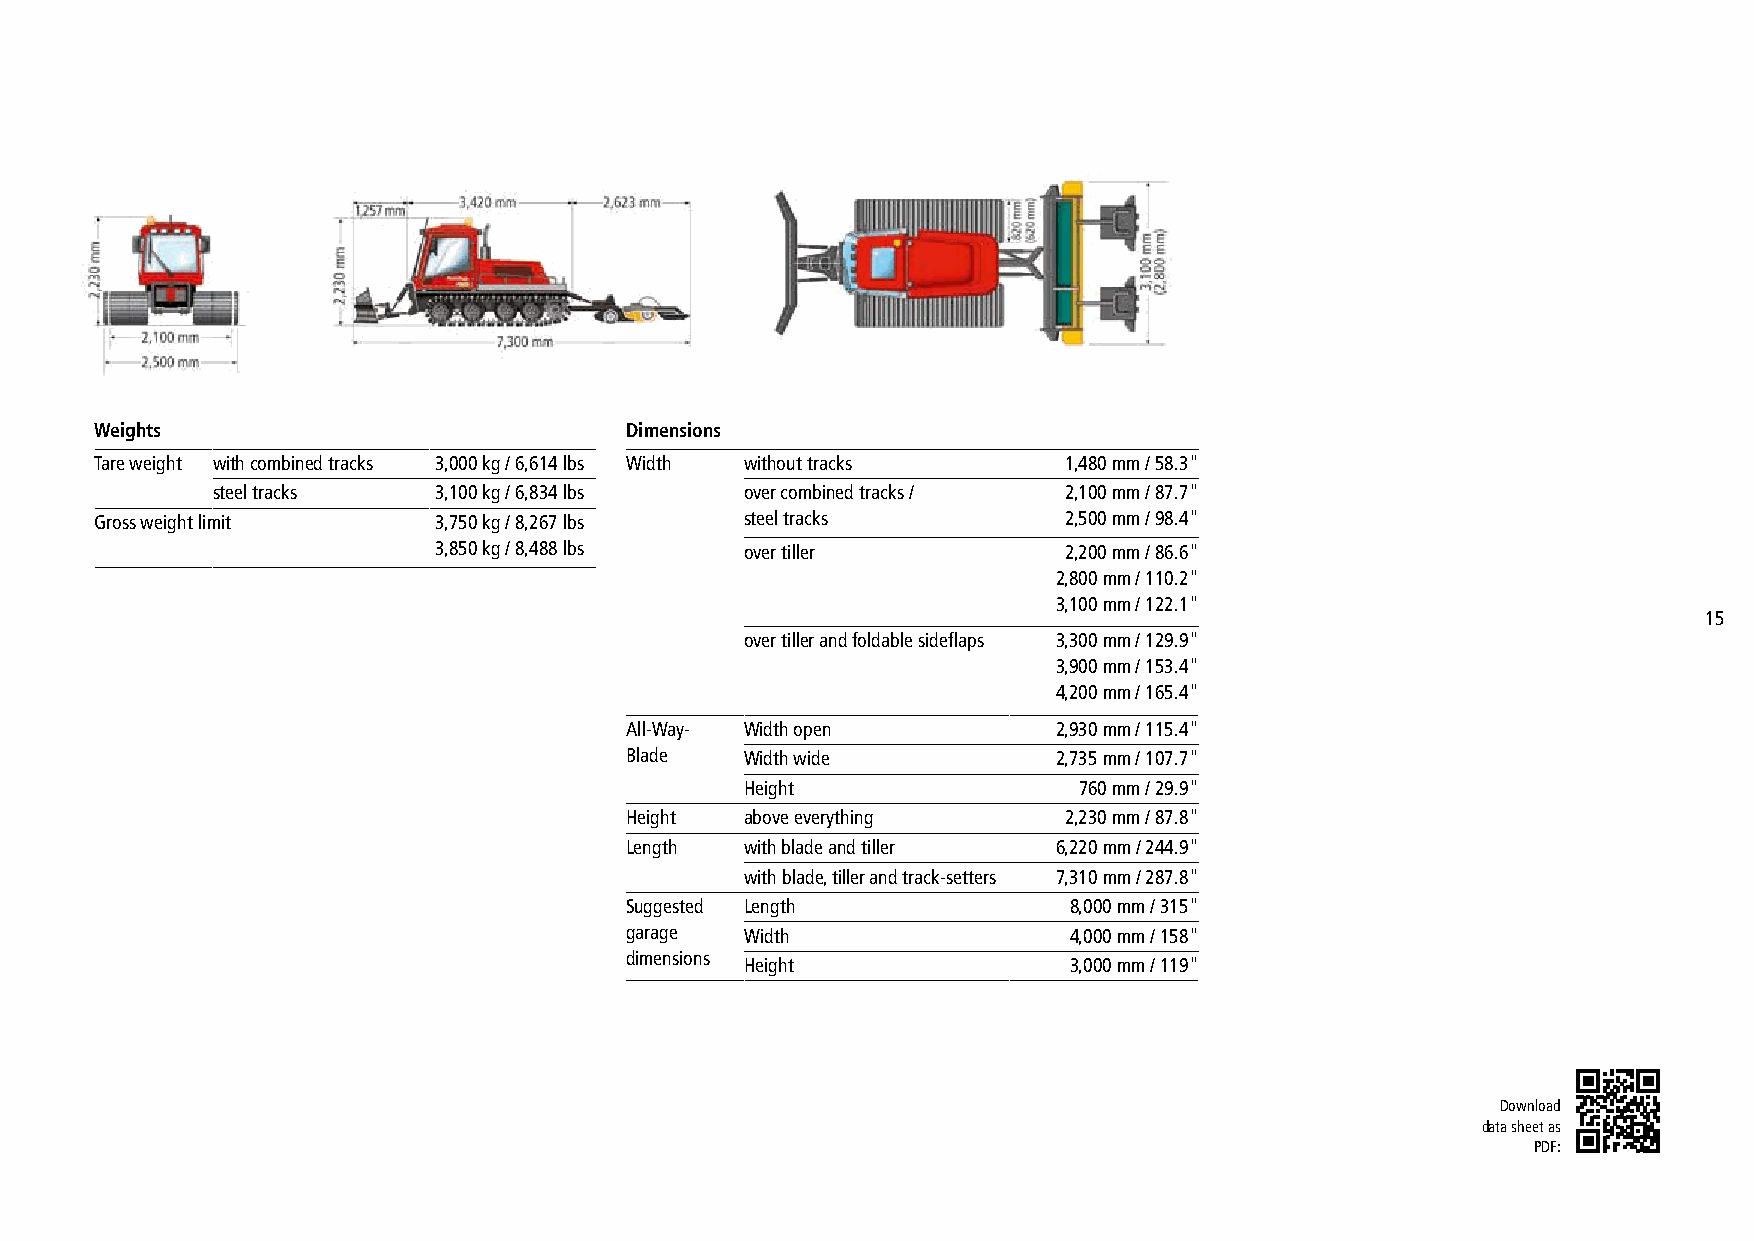
Weights                            Dimensions
 Tare weight with combined tracks 3,000 kg / 6,614 lbs Width without tracks 1,480 mm / 58.3"
 steel tracks   3,100 kg / 6,834 lbs over combined tracks / 2,100 mm / 87.7"
 Gross weight limit     3,750 kg / 8,267 lbs steel tracks         2,500 mm / 98.4"
 3,850 kg / 8,488 lbs over tiller          2,200 mm / 86.6"
 2,800 mm / 110.2"
 3,100 mm / 122.1"
 15
 over tiller and foldable sideflaps 3,300 mm / 129.9"
 3,900 mm / 153.4"
 4,200 mm / 165.4"
 All-Way- Width open          2,930 mm / 115.4"
 Blade   Width wide           2,735 mm / 107.7"
 Height                760 mm / 29.9"
 Height  above everything      2,230 mm / 87.8"
 Length  with blade and tiller 6,220 mm / 244.9"
 with blade, tiller and track-setters 7,310 mm / 287.8"
 Suggested Length              8,000 mm / 315"
 garage  Width                 4,000 mm / 158"
 dimensions
 Height                3,000 mm / 119"
 Download
 data sheet as
 PDF: